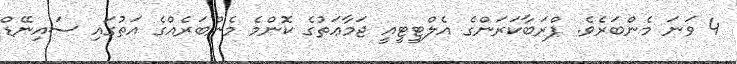
4 ވަނަ މެންބަރެވެ. ޕްރަބާކަރަންގެ އެލްޓީޓީއީ ޖަމާޢަތުގެ ކޮންމެ މެންބަރެއްގެ އަތުގައި ސައިނޭޑް